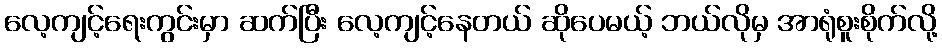
လေ့ကျင့်ရေးကွင်းမှာ ဆက်ပြီး လေ့ကျင့်နေတယ် ဆိုပေမယ့် ဘယ်လိုမှ အာရုံစူးစိုက်လို့